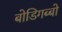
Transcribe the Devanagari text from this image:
बोडिगब्बो